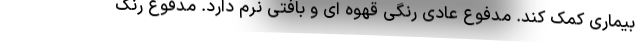
بیماری کمک کند. مدفوع عادی رنگی قهوه ای و بافتی نرم دارد. مدفوع رنگ